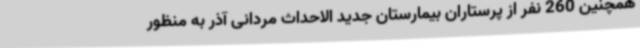
همچنین 260 نفر از پرستاران بیمارستان جدید الاحداث مردانی آذر به منظور